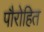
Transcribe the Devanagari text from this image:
पौरोहित